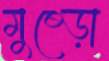
মুষ্‌ড়ো